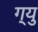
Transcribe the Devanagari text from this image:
ग्यु